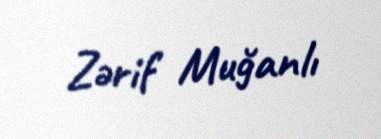
Zərif Muğanlı